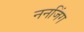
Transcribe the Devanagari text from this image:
ननजिंग